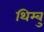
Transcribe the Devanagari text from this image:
थिम्बु